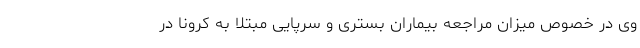
وی در خصوص میزان مراجعه بیماران بستری و سرپایی مبتلا به کرونا در